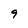
Character: 9